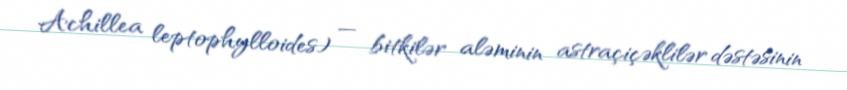
Achillea leptophylloides) — bitkilər aləminin astraçiçəklilər dəstəsinin